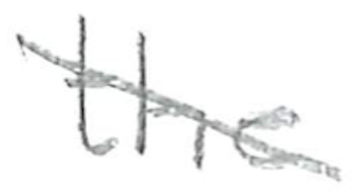
Text: the
Cross-out: diagonal
Writing tool: pencil